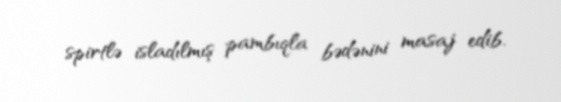
spirtlə isladılmış pambıqla bədənini masaj edib.